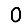
Digit: 0